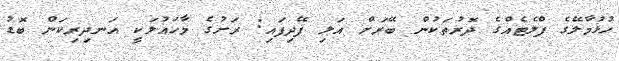
ހުޅުމާލޭގެ ފްލެޓެއްގެ ދޮރުތަކުން ބޭރަށް އަލި ފޭދިފައި: ރަށުގެ މާހައުލަކީ އަނދިރިކަން ބޮޑު